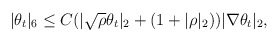
\begin{align*}|\theta_t|_6\leq C(|\sqrt{\rho}\theta_t|_2+(1+|\rho|_2))|\nabla \theta_t|_2,\end{align*}